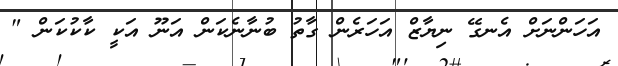
އަހަންނަށް އެނގޭ ނިޔާޒް އަހަރެން ގާތު ބުނާނެކަން އަނޫ އަކީ ކާކުކަން "